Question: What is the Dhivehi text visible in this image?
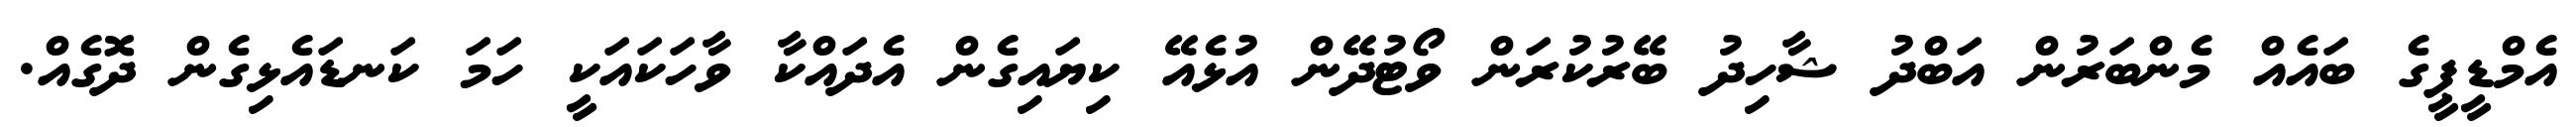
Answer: އެމްޑީޕީގެ ބައެއް މެންބަރުން އަބްދު ޝާހިދު ބޭރުކުރަން ވޯޓުދޭން އުޅެއޭ ކިޔައިގެން އެދައްކާ ވާހަކައަކީ ހަމަ ކަނޑައެޅިގެން ދޮގެއް.